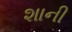
શાની